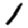
Digit: 1